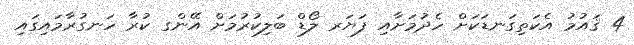
4 ޤައުމު އެކަތިގަނޑަކަށް ހެދުމަށާއި ފަޔަރ ލޯޑް ބަލިކުރުމަށް އޭންގ ކުރާ ހަނގުރާމައިގައި